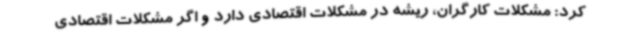
کرد: مشکلات کارگران، ریشه در مشکلات اقتصادی دارد و اگر مشکلات اقتصادی